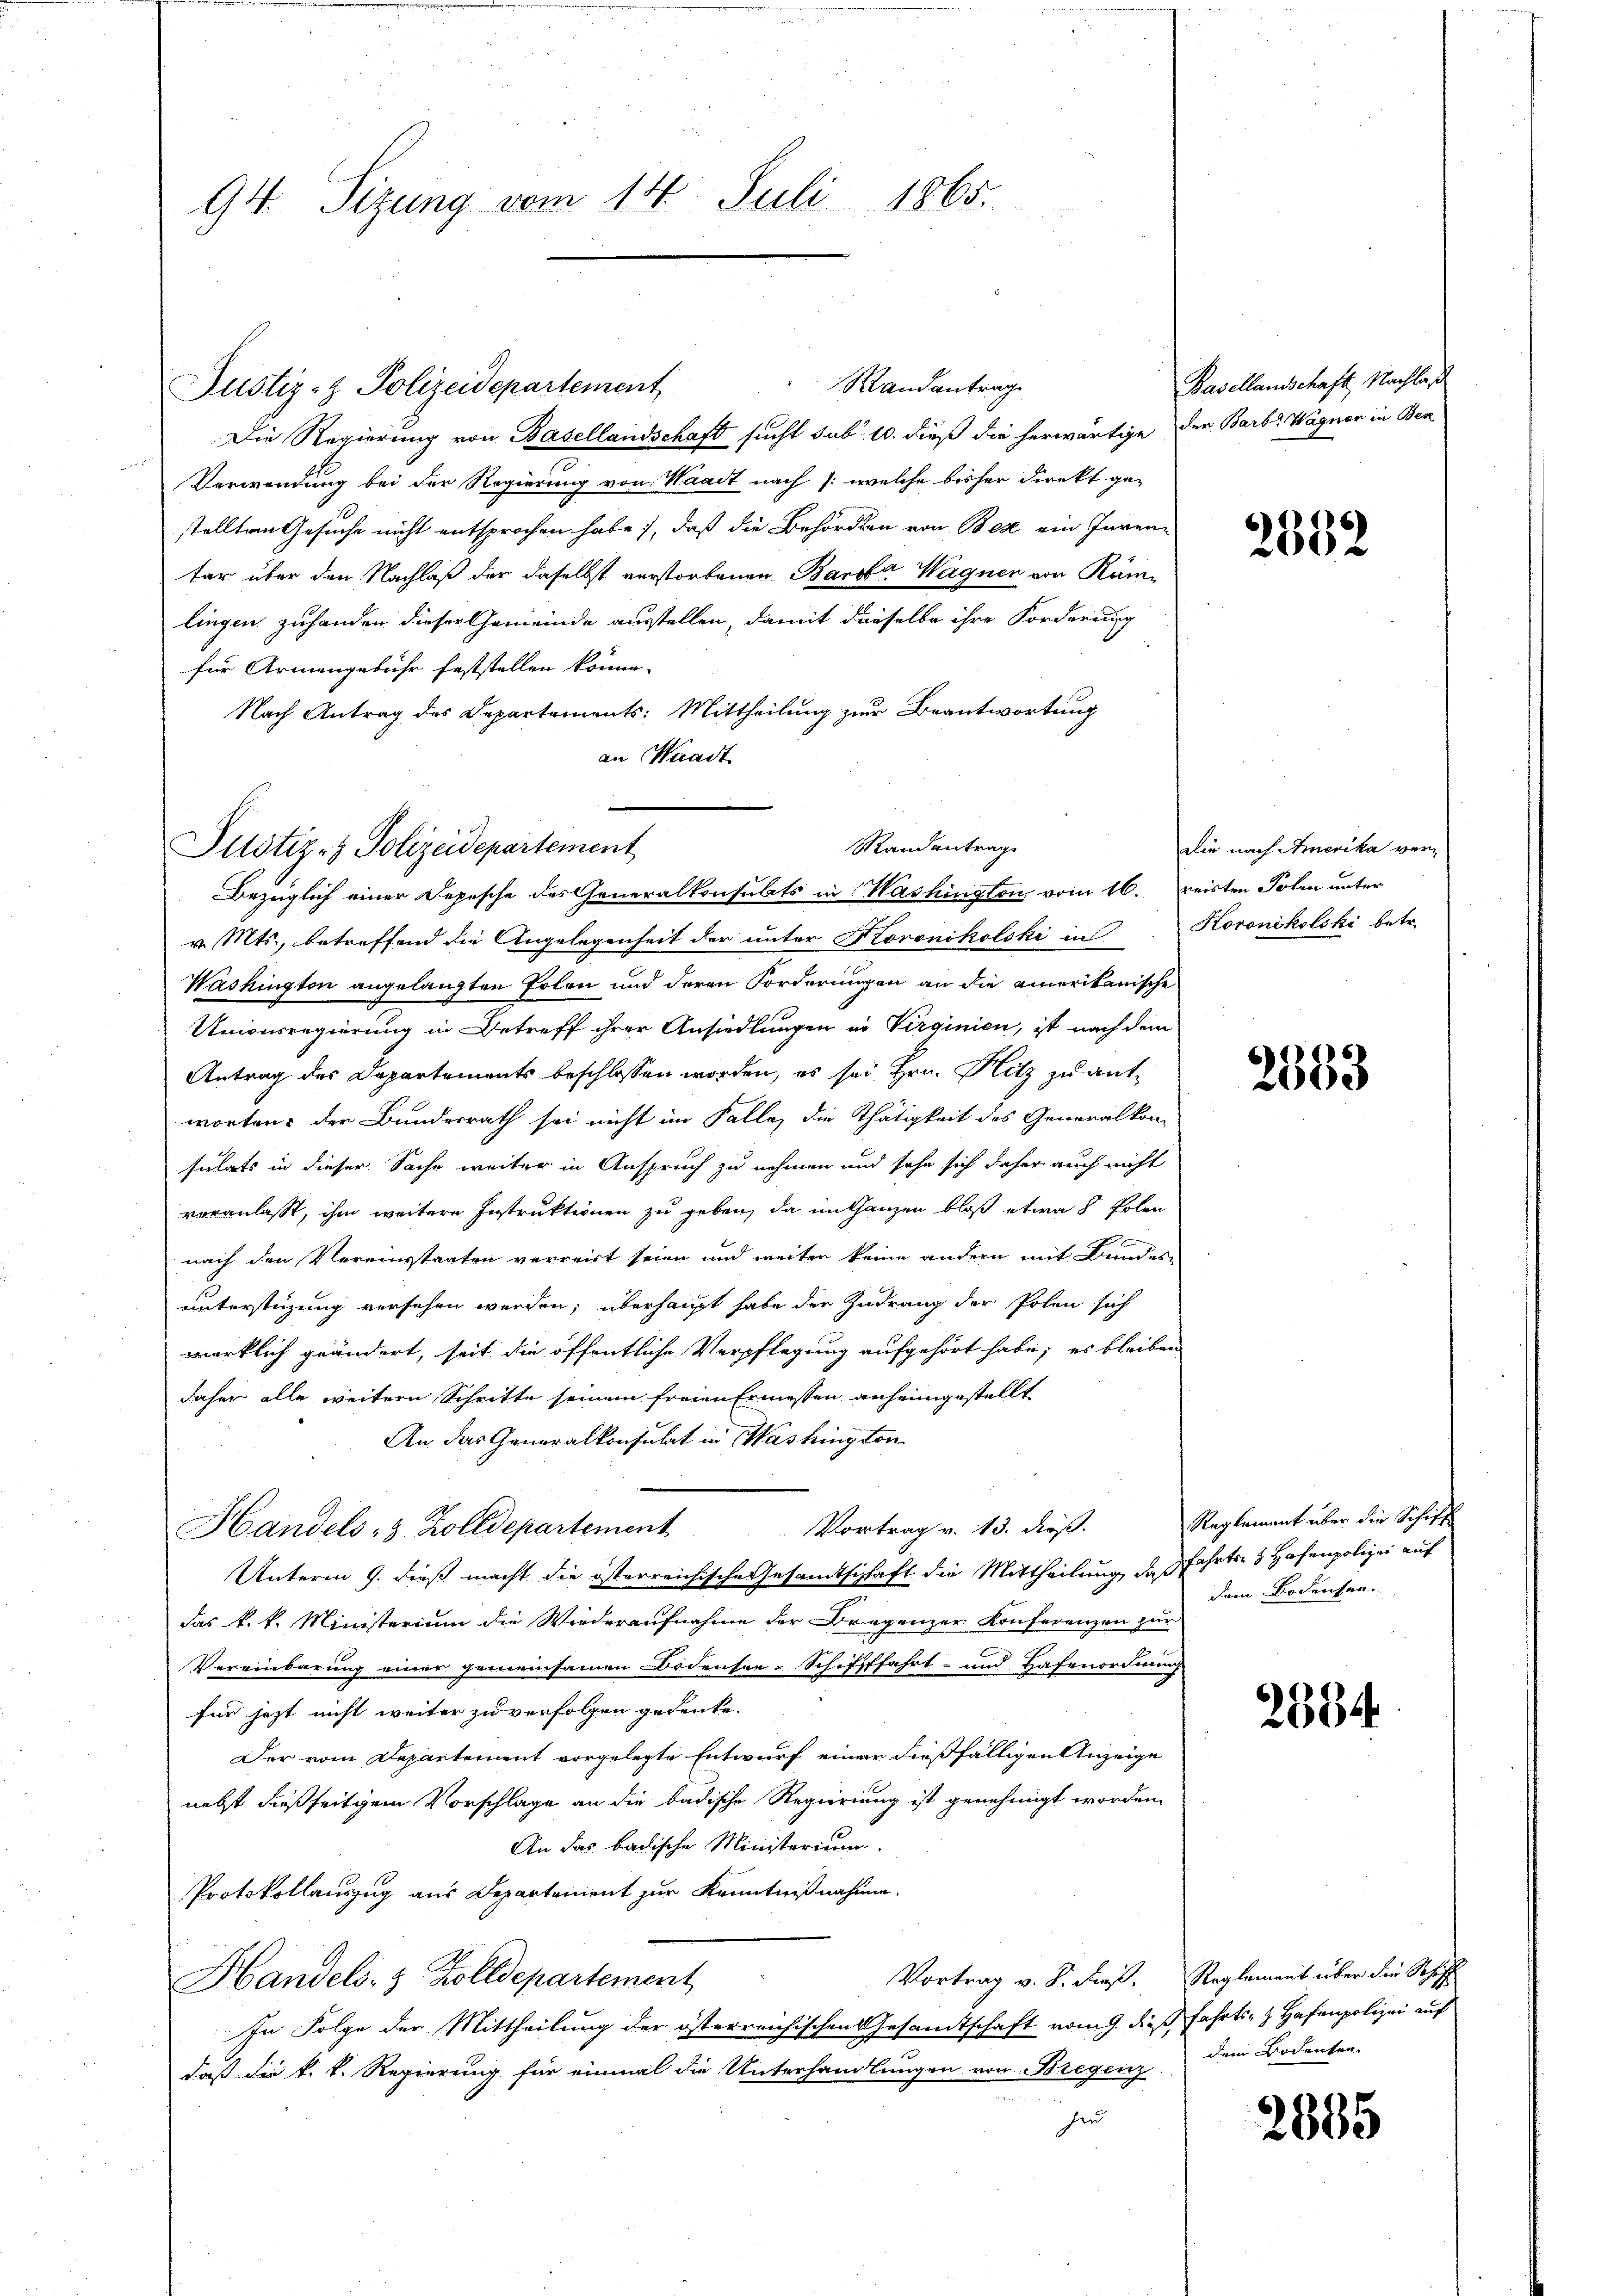
94. Sizung vom 14. Juli 1865.

Randantrag
Die Regierung von Basellandschaft sucht sub. 10. dieß die herwärtige der Barb. Wagner in Ben
Verwendung bei der Regierung von Waadt nach /: welche bisher Direkt ge-
stellten Gesuche nicht entsprochen habe), daß die Behördern von Bex ein Inventar über den Nachlaß der daselbst verstorbenen Barober Wagner von Rümlingen zuhanden dieser Gemeinde ausstellen, damit dieselbe ihre Forderung
für Armengebühr feststellen könne.
Nach Antrag des Departements: Mittheilung zur Beantwortung
an Waadt

Justiz- & Polizeidepartement

Mandantrage
Justiz- & Polizeidepartement
1

Bezüglich einer Depesche des Generalkonsulats in Washington vom 16. Beisten Polen unter
v. Mts., betreffend die Angelegenheit der unter Koronikolski in Horonikolski betr.
Washington angelangten Erlen und deren Forderungen an die amerikanische
Unionsregierung in Betreff ihrer Ansiedlungen in Virginien, ist nach dem
Antrag des Departements beschlossen worden, es sei Hrn. Hitz zu antworten: der Bundesrath sei nicht im Falle, die Thätigkeit des Generalkom-
sulats in dieser Sache weiter in Anspruch zu nehmen und sehe sich daher auch nicht
veranlaßt, ihm weitere Instruktionen zu geben, da im Ganzen bloß etwa 8 Polen
nach den Vereinsstaaten verreist seien und weiter keine andern mit Bundes-
unterstüzung versehen werden; überhaupt habe der Zudrang der Polen sich
wirklich geändert, seit die öffentliche Verpflegung aufgehört habe; es bleiben
daher alle weitern Schritte seinem freien Ermessen anheimgestellt
An das Generalkonsulat in Washington
Vortrag v. 13. dieß.
Handels 3 Zolldepartement
Unterm 9. dieß macht die österreichische Gesandtschaft die Mittheilung, das Fahrts- & Hafenpolizei auf
das k. k. Ministerium die Wiederaufnahme der Bregenzer Konferenzen zur
Vereinbarung einer gemeinsamen Bodensee-Schiffffahrt- und Hafenordnung
für jezt nicht weiter zu verfolgen gedenke.
Der vom Departement vorgelegte Entwurf einer dießfälligen Anzeige
nebst dießseitigem Vorschlage an die badische Regierung ist genehmigt worden.
An das badische Ministerium.
Protokollauszug aus Departement zur Kenntnißnahme.
Vortrag v. 8. dieß. Reglement über die Schiff
Handels- & Zolldepartement
In Folge der Mittheilung der österreichischen Gesamtschaft vom 9. dieß Fahrts- & Hafenpolizei auf
daß die k. k. Regierung für einmal die Unterhandlungen von Bregenz
hin

Basellandschaft, Nachlas

2552

die nach Amerika ver¬

2383

Reglement über die Schiff
dem Bodensen.

2334

dem Bodenten.

2885